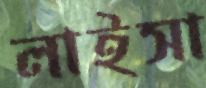
লাইসা